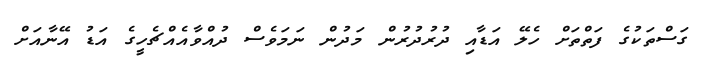
ގަސްތަކުގެ ފަތްތަށް ހެލޭ އަޑާއި ދުރުދުރުން މަދުން ނަމަވެސް ދުއްވާއެއްޗެހީގެ އަޑު އޭނާއަށް